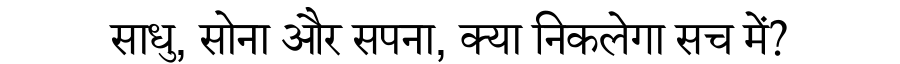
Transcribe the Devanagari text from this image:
साधु, सोना और सपना, क्या निकलेगा सच में?